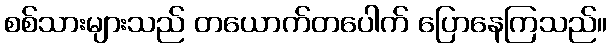
စစ်သားများသည် တယောက်တပေါက် ပြောနေကြသည်။